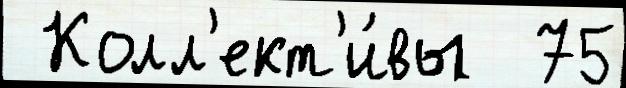
 Колл'ект'и́вы  75